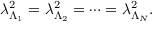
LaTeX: \lambda _ { \Lambda _ { 1 } } ^ { 2 } = \lambda _ { \Lambda _ { 2 } } ^ { 2 } = \dots = \lambda _ { \Lambda _ { N } } ^ { 2 } .